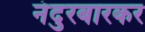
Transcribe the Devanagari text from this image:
नंदुरबारकर